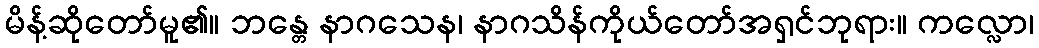
မိန့်ဆိုတော်မူ၏။ ဘန္တေ နာဂသေန၊ နာဂသိန်ကိုယ်တော်အရှင်ဘုရား။ ကလ္လော၊